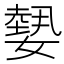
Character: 𡢂